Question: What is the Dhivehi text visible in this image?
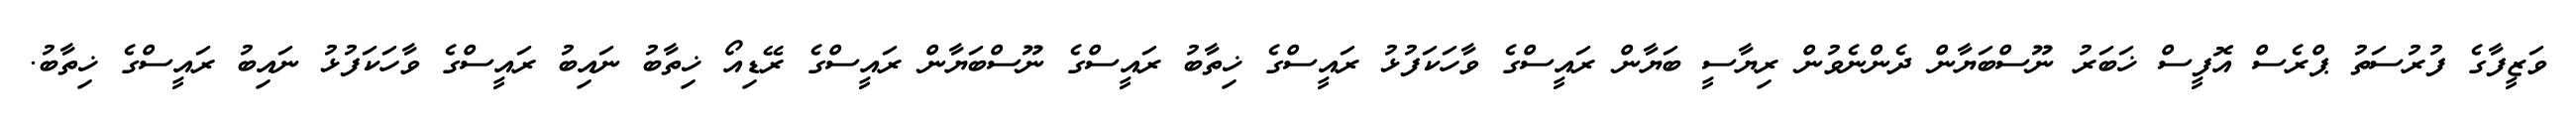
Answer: ވަޒީފާގެ ފުރުސަތު ޕްރެސް އޮފީސް ޚަބަރު ނޫސްބަޔާން ދެންނެވުން ރިޔާސީ ބަޔާން ރައީސްގެ ވާހަކަފުޅު ރައީސްގެ ޚިތާބު ރައީސްގެ ނޫސްބަޔާން ރައީސްގެ ރޭޑިއޯ ޚިތާބު ނައިބު ރައީސްގެ ވާހަކަފުޅު ނައިބު ރައީސްގެ ޚިތާބު.